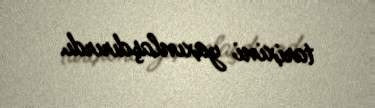
tarixini yaxınlaşdırırdı.